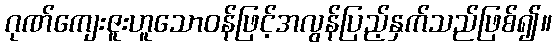
ဂုဏ်ကျေးဇူးဟူသောဝန်ဖြင့်အလွန်ပြည့်နှက်သည်ဖြစ်၍။